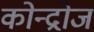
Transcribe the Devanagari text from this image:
कोन्द्रोज